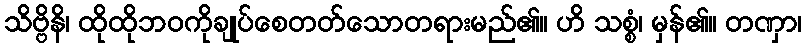
သိဗ္ဗိနိ၊ ထိုထိုဘဝကိုချုပ်စေတတ်သောတရားမည်၏။ ဟိ သစ္စံ၊ မှန်၏။ တဏှာ၊